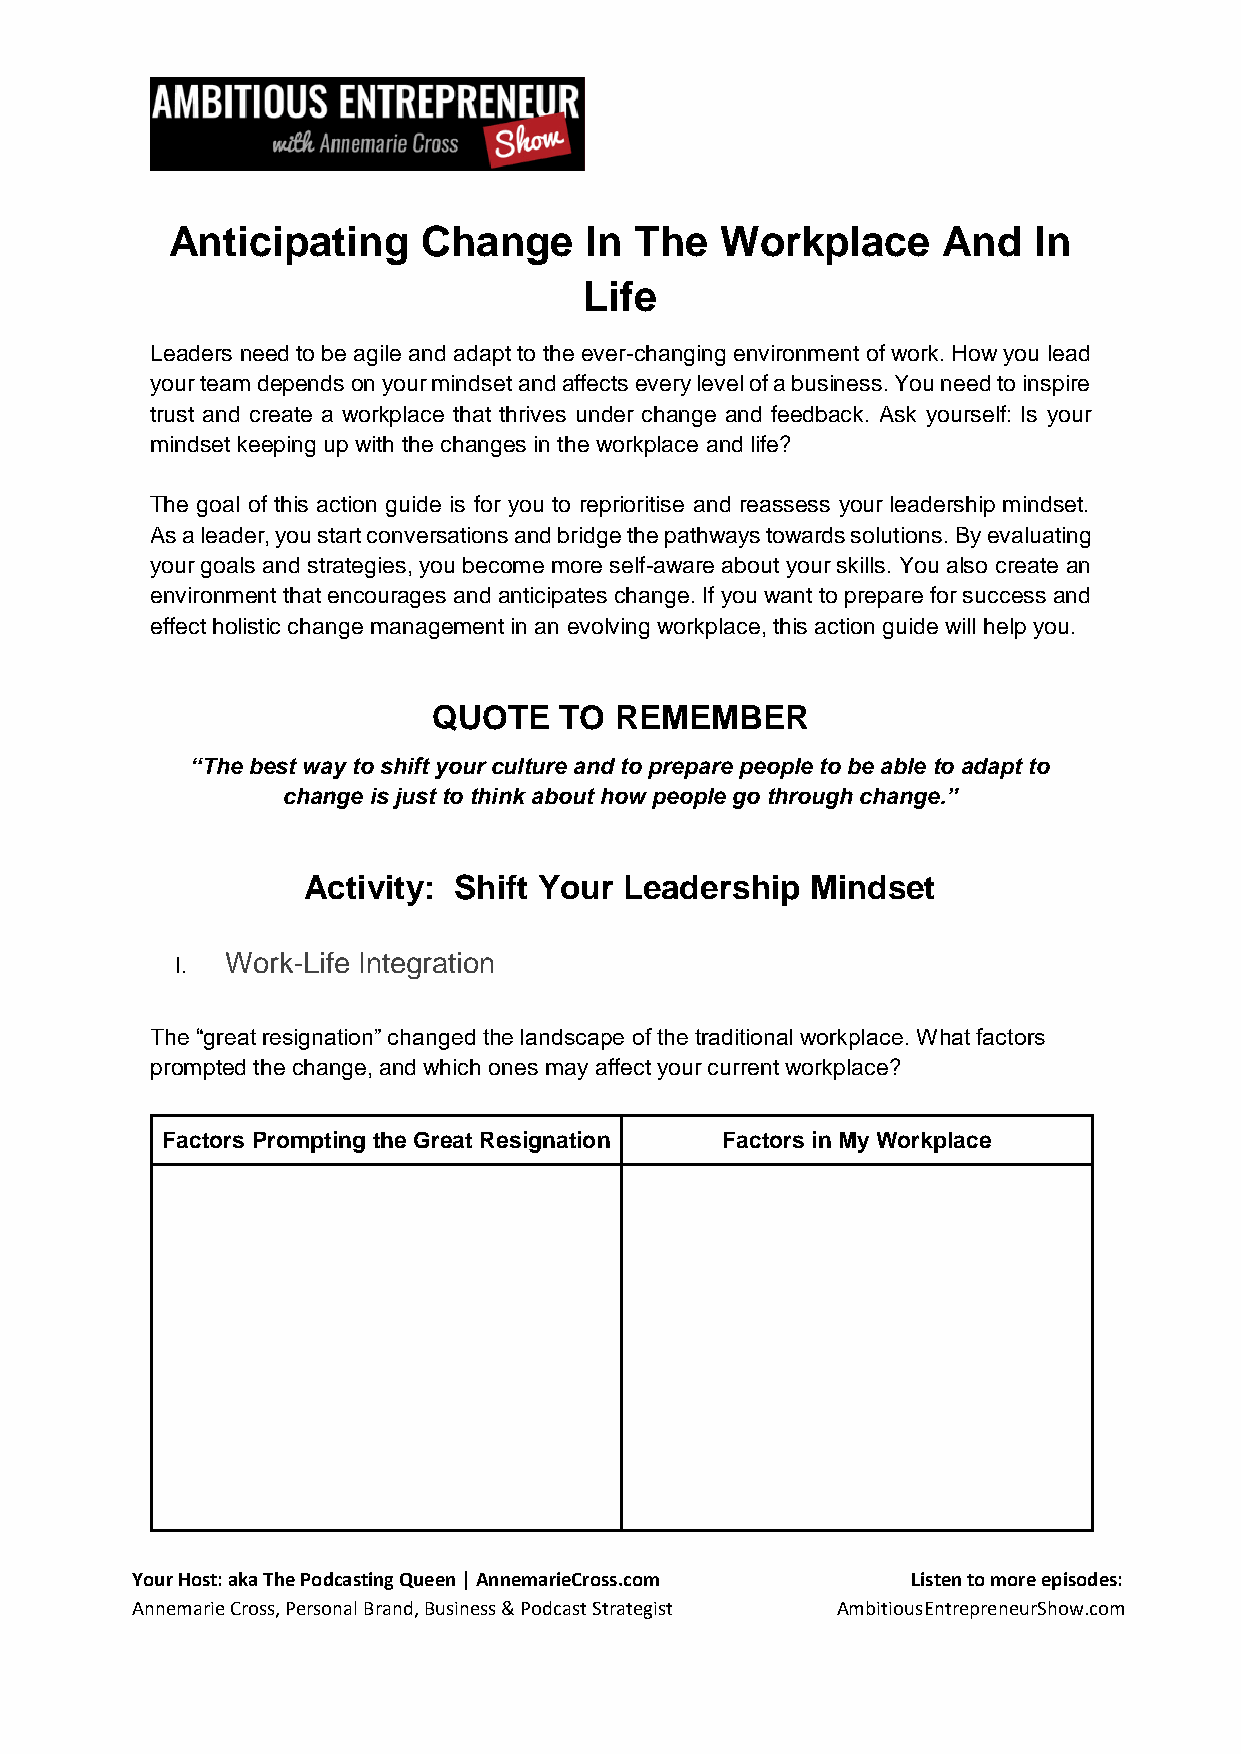
Anticipating     Change     In The   Workplace     And   In
 Life
 Leaders need to be agile and adapt to the ever-changing environment of work. How you lead
 your team depends on your mindset and affects every level of a business. You need to inspire
 trust and create a workplace that thrives under change and feedback. Ask yourself: Is your
 mindset keeping up with the changes in the workplace and life?
 The goal of this action guide is for you to reprioritise and reassess your leadership mindset.
 As a leader, you start conversations and bridge the pathways towards solutions. By evaluating
 your goals and strategies, you become more self-aware about your skills. You also create an
 environment that encourages and anticipates change. If you want to prepare for success and
 effect holistic change management in an evolving workplace, this action guide will help you.
 QUOTE   TO  REMEMBER
 “The best way to shift your culture and to prepare people to be able to adapt to
 change is just to think about how people go through change.”
 Activity: Shift Your Leadership   Mindset
 I. Work-Life Integration
 The “great resignation” changed the landscape of the traditional workplace. What factors
 prompted the change, and which ones may affect your current workplace?
 Factors Prompting the Great Resignation Factors in My Workplace
 Your Host: aka The Podcasting Queen | AnnemarieCross.com Listen to more episodes:
 Annemarie Cross, Personal Brand, Business & Podcast Strategist AmbitiousEntrepreneurShow.com